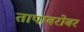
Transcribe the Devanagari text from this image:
तापाबरोबर